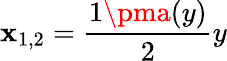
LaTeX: \mathbf{x}_{1,2}=\frac{{1\pma(y)}}{{2}}y